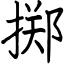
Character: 掷